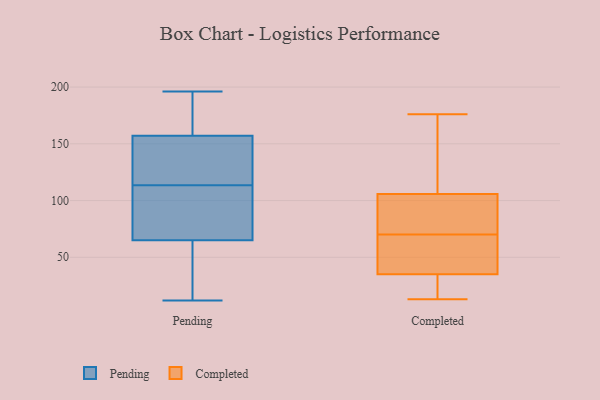
{"axis": {"x": "Satisfaction Score", "y": "Value"}, "legend": ["Completed", "Pending"], "data": [{"x": "", "y": 31, "type": "Pending"}, {"x": "", "y": 109, "type": "Pending"}, {"x": "", "y": 49, "type": "Pending"}, {"x": "", "y": 196, "type": "Pending"}, {"x": "", "y": 73, "type": "Pending"}, {"x": "", "y": 12, "type": "Pending"}, {"x": "", "y": 134, "type": "Pending"}, {"x": "", "y": 81, "type": "Pending"}, {"x": "", "y": 138, "type": "Pending"}, {"x": "", "y": 144, "type": "Pending"}, {"x": "", "y": 118, "type": "Pending"}, {"x": "", "y": 109, "type": "Pending"}, {"x": "", "y": 173, "type": "Pending"}, {"x": "", "y": 170, "type": "Pending"}, {"x": "", "y": 175, "type": "Pending"}, {"x": "", "y": 57, "type": "Pending"}, {"x": "", "y": 14, "type": "Completed"}, {"x": "", "y": 90, "type": "Completed"}, {"x": "", "y": 137, "type": "Completed"}, {"x": "", "y": 13, "type": "Completed"}, {"x": "", "y": 33, "type": "Completed"}, {"x": "", "y": 176, "type": "Completed"}, {"x": "", "y": 113, "type": "Completed"}, {"x": "", "y": 108, "type": "Completed"}, {"x": "", "y": 96, "type": "Completed"}, {"x": "", "y": 99, "type": "Completed"}, {"x": "", "y": 55, "type": "Completed"}, {"x": "", "y": 26, "type": "Completed"}, {"x": "", "y": 59, "type": "Completed"}, {"x": "", "y": 41, "type": "Completed"}, {"x": "", "y": 70, "type": "Completed"}]}